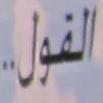
القول